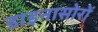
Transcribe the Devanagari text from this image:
डाइनासोरों